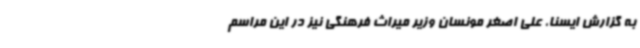
به گزارش ایسنا، علی اصغر مونسان وزیر میراث فرهنگی نیز در این مراسم